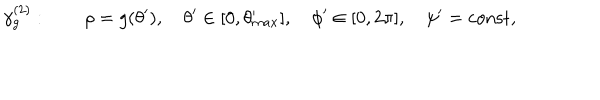
LaTeX: \gamma _ { g } ^ { ( 2 ) } : \quad \quad \rho = g ( \theta ^ { \prime } ) , \quad \theta ^ { \prime } \in [ 0 , \theta _ { m a x } ^ { \prime } ] , \quad \phi ^ { \prime } \in [ 0 , 2 \pi ] , \quad \psi ^ { \prime } = \mathrm { c o n s t } ,